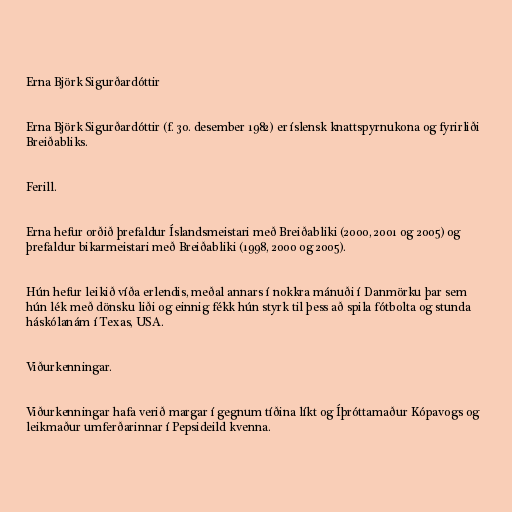
Erna Björk Sigurðardóttir

Erna Björk Sigurðardóttir (f. 30. desember 1982) er íslensk knattspyrnukona og fyrirliði
Breiðabliks.

Ferill.

Erna hefur orðið þrefaldur Íslandsmeistari með Breiðabliki (2000, 2001 og 2005) og
þrefaldur bikarmeistari með Breiðabliki (1998, 2000 og 2005).

Hún hefur leikið víða erlendis, meðal annars í nokkra mánuði í Danmörku þar sem
hún lék með dönsku liði og einnig fékk hún styrk til þess að spila fótbolta og stunda
háskólanám í Texas, USA.

Viðurkenningar.

Viðurkenningar hafa verið margar í gegnum tíðina líkt og Íþróttamaður Kópavogs og
leikmaður umferðarinnar í Pepsideild kvenna.